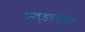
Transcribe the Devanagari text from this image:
एल्डरशॉट